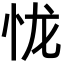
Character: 𢘙